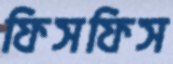
ফিসফিস